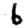
Digit: 6